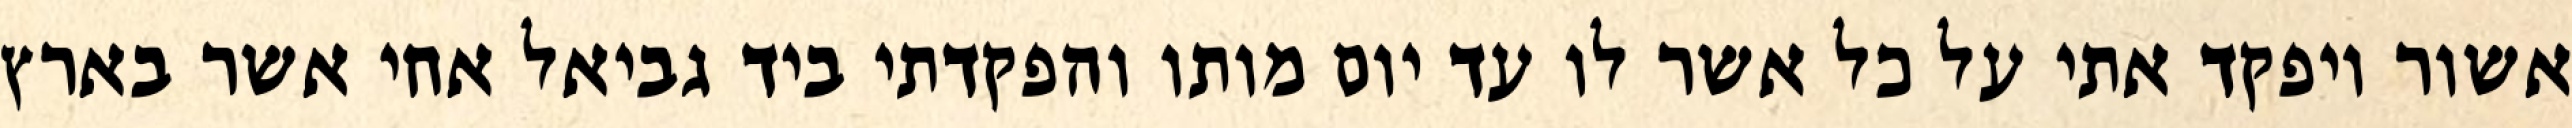
אשור ויפקד אתי על כל אשר לו עד יום מותו והפקדתי ביד גביאל אחי אשר בארץ